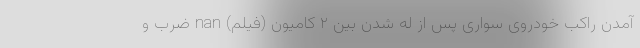
آمدن راکب خودروی سواری پس از له شدن بین ۲ کامیون (فیلم) nan ضرب و